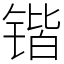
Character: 锴